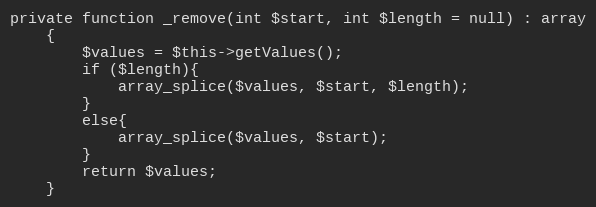
Language: PHP
private function _remove(int $start, int $length = null) : array
    {
        $values = $this->getValues();
        if ($length){
            array_splice($values, $start, $length);
        }
        else{
            array_splice($values, $start);
        }
        return $values;
    }